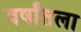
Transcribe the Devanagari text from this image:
वर्षांतला